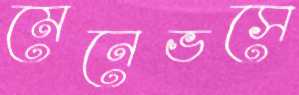
মেনেভসে